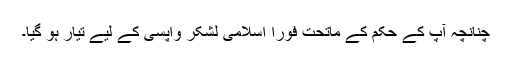
چنانچہ آپؐ کے حکم کے ماتحت فوراً اسلامی لشکر واپسی کے لیے تیار ہو گیا۔